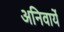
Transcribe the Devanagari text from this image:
अनिवार्ये